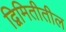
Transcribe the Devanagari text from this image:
द्विमितीतील